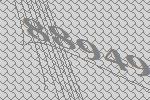
88949